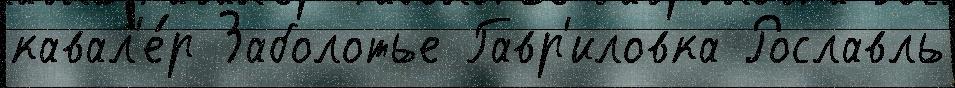
кавал'е́р Заболотье Гавр'иловка Рославль